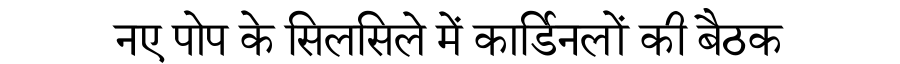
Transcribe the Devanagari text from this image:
नए पोप के सिलसिले में कार्डिनलों की बैठक